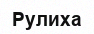
Рулиха